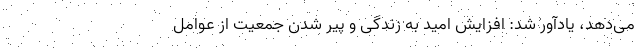
می‌دهد، یادآور شد: افزایش امید به زندگی و پیر شدن جمعیت از عوامل